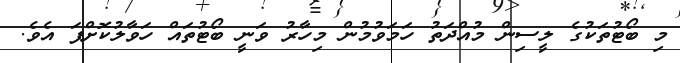
މި ބޯޓުތަކުގެ ލީސިން މުއްދަތު ހަމަވުމުން މިހާރު ވަނީ ބޯޓުތައް ހަވާލުކޮށްފަ އެވެ.